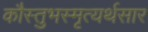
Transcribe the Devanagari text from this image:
कौस्तुभस्मृत्यर्थसार